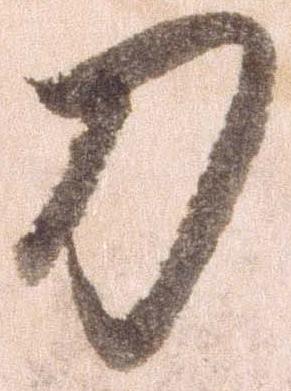
刀